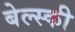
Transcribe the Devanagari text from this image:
बेल्स्की